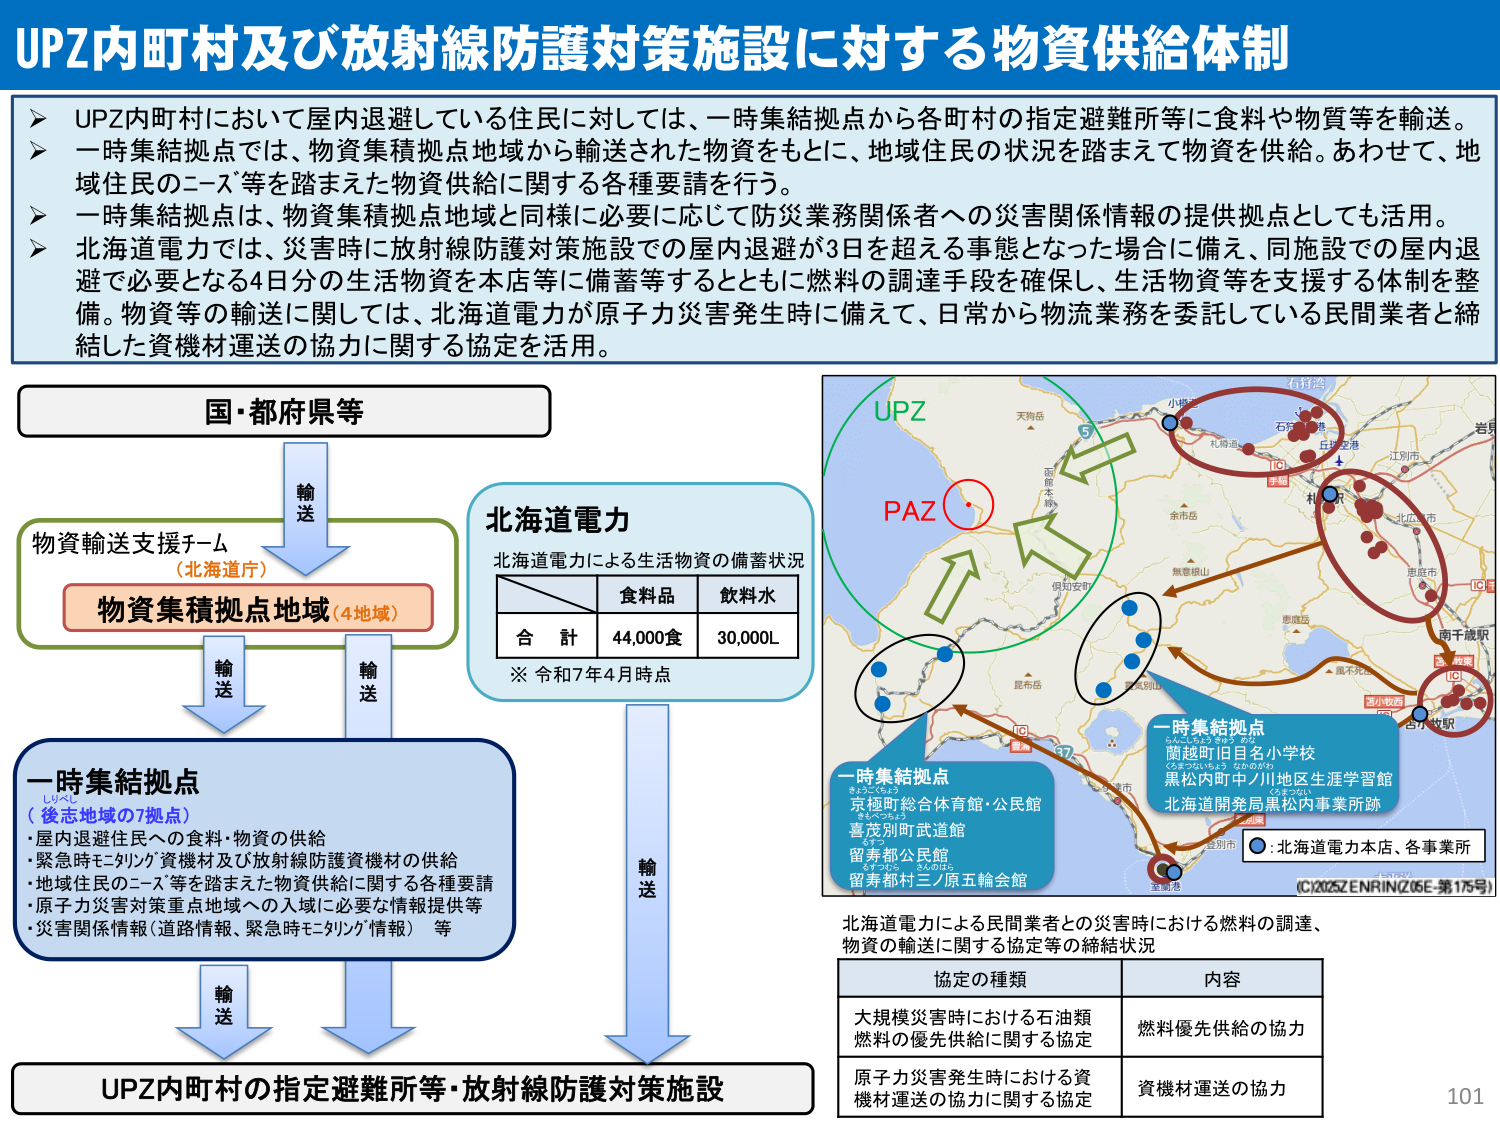
UPZ内町村及び放射線防護対策施設に対する物資供給体制

➤ UPZ内町村において屋内退避している住民に対しては、一時集結拠点から各町村の指定避難所等に食料や物資等を輸送。
➤ 一時集結拠点では、物資集積拠点地域から輸送された物資をもとに、地域住民の状況を踏まえて物資を供給。あわせて、地域住民のニーズ等を踏まえた物資供給に関する各種要請を行う。
➤ 一時集結拠点は、物資集積拠点地域と同様に必要に応じて防災業務関係者への災害関係情報の提供拠点としても活用。
➤ 北海道電力では、災害時に放射線防護対策施設での屋内退避が3日を超える事態となった場合に備え、同施設での屋内退避で必要となる4日分の生活物資を本店等に備蓄等するとともに燃料の調達手段を確保し、生活物資等を支援する体制を整備。物資等の輸送に関しては、北海道電力が原子力災害発生時に備えて、日常から物流業務を委託している民間業者と締結した資機材運送の協力に関する協定を活用。

国・都府県等
↓ 輸送
物資輸送支援チーム（北海道庁）
↓ 輸送
物資集積拠点地域（4地域）
↓ 輸送
一時集結拠点（後志地域の7拠点）
・屋内退避住民への食料・物資の供給
・緊急時モビリティ資機材及び放射線防護資機材の供給
・地域住民のニーズ等を踏まえた物資供給に関する各種要請
・原子力災害対策重点地域への入域に必要な情報提供等
・災害関係情報（道路情報、緊急時モビリティ情報）等
↓ 輸送
UPZ内町村の指定避難所等・放射線防護対策施設

北海道電力
北海道電力による生活物資の備蓄状況
　　　　　　食料品　　飲料水
　　　　　　合　計　　44,000食　　30,000L
※ 令和7年4月時点

UPZ
PAZ
一時集結拠点
蘭越町旧日名小学校
黒松内町中ノ川地区生涯学習館
北海道開発局黒松内事業所跡
一時集結拠点
京極町総合体育館・公民館
喜茂別町武道館
留寿都公民館
留寿都村三ノ原五輪会館
○：北海道電力本店、各事業所
（C12025ZENRINZ06E-第175号）

北海道電力による民間業者との災害時における燃料の調達、物資の輸送に関する協定等の締結状況
協定の種類　　　　　　　　　　　　　内容
大規模災害時における石油類燃料の優先供給に関する協定　　燃料優先供給の協力
原子力災害発生時における資機材運送の協力に関する協定　　資機材運送の協力

101